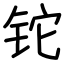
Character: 铊